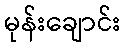
မုန်းချောင်း